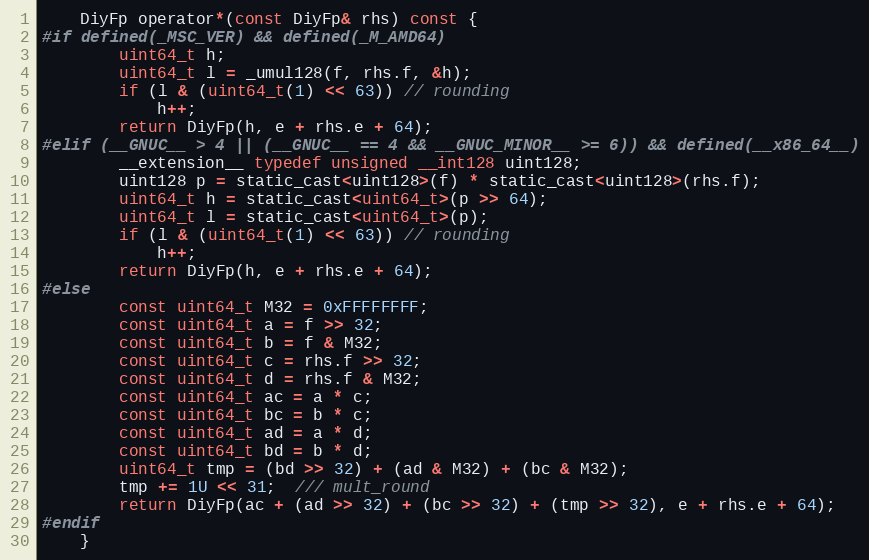
Language: C
    DiyFp operator*(const DiyFp& rhs) const {
#if defined(_MSC_VER) && defined(_M_AMD64)
        uint64_t h;
        uint64_t l = _umul128(f, rhs.f, &h);
        if (l & (uint64_t(1) << 63)) // rounding
            h++;
        return DiyFp(h, e + rhs.e + 64);
#elif (__GNUC__ > 4 || (__GNUC__ == 4 && __GNUC_MINOR__ >= 6)) && defined(__x86_64__)
        __extension__ typedef unsigned __int128 uint128;
        uint128 p = static_cast<uint128>(f) * static_cast<uint128>(rhs.f);
        uint64_t h = static_cast<uint64_t>(p >> 64);
        uint64_t l = static_cast<uint64_t>(p);
        if (l & (uint64_t(1) << 63)) // rounding
            h++;
        return DiyFp(h, e + rhs.e + 64);
#else
        const uint64_t M32 = 0xFFFFFFFF;
        const uint64_t a = f >> 32;
        const uint64_t b = f & M32;
        const uint64_t c = rhs.f >> 32;
        const uint64_t d = rhs.f & M32;
        const uint64_t ac = a * c;
        const uint64_t bc = b * c;
        const uint64_t ad = a * d;
        const uint64_t bd = b * d;
        uint64_t tmp = (bd >> 32) + (ad & M32) + (bc & M32);
        tmp += 1U << 31;  /// mult_round
        return DiyFp(ac + (ad >> 32) + (bc >> 32) + (tmp >> 32), e + rhs.e + 64);
#endif
    }